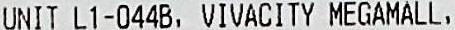
UNIT L1-044B, VIVACITY MEGAMALL,